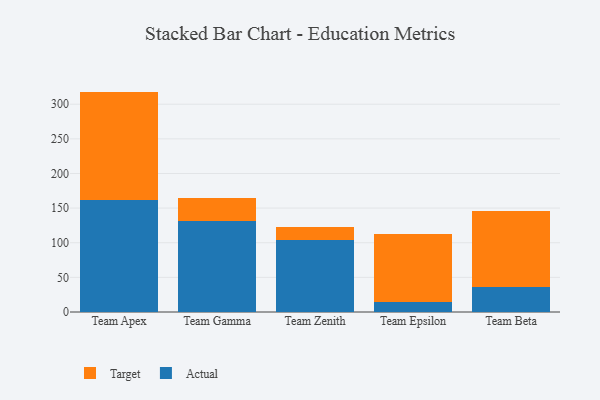
{"axis": {"x": "Team", "y": "Website Visitors"}, "legend": ["Actual", "Target"], "data": [{"x": "Team Apex", "y": 161.3, "type": "Actual"}, {"x": "Team Apex", "y": 156.9, "type": "Target"}, {"x": "Team Gamma", "y": 130.9, "type": "Actual"}, {"x": "Team Gamma", "y": 34.4, "type": "Target"}, {"x": "Team Zenith", "y": 104.4, "type": "Actual"}, {"x": "Team Zenith", "y": 18.4, "type": "Target"}, {"x": "Team Epsilon", "y": 13.9, "type": "Actual"}, {"x": "Team Epsilon", "y": 98.4, "type": "Target"}, {"x": "Team Beta", "y": 35.5, "type": "Actual"}, {"x": "Team Beta", "y": 110.1, "type": "Target"}]}